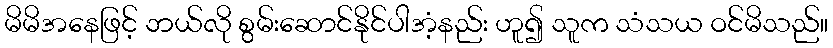
မိမိအနေဖြင့် ဘယ်လို စွမ်းဆောင်နိုင်ပါအံ့နည်း ဟူ၍ သူက သံသယ ဝင်မိသည်။